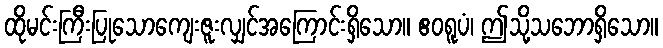
ထိုမင်းကြီးပြုသောကျေးဇူးလျှင်အကြောင်းရှိသော။ ဧဝရူပံ၊ ဤသို့သဘောရှိသော။